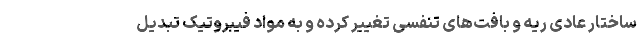
ساختار عادی ریه و بافت‌های تنفسی تغییر کرده و به مواد فیبروتیک تبدیل